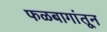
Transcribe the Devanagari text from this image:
फळबागांतून